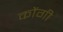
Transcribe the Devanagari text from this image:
कोंगी